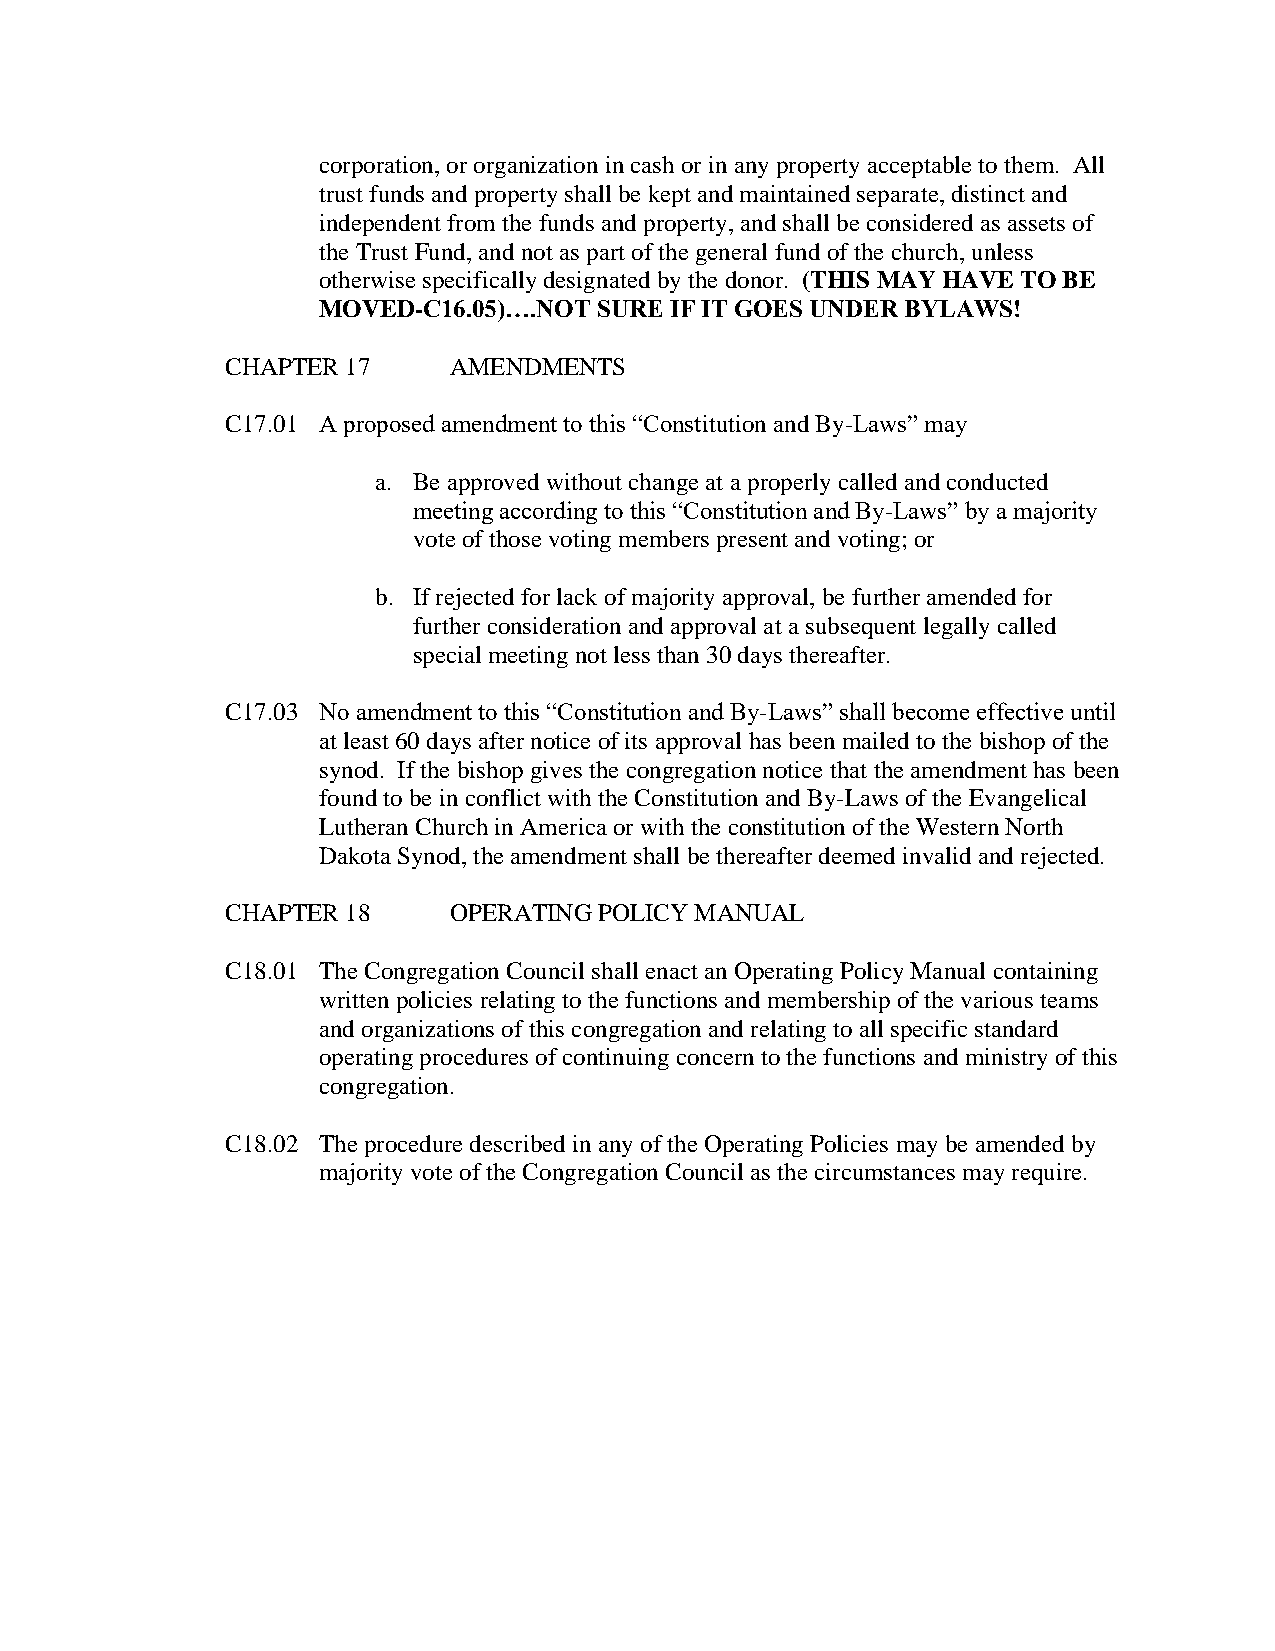
corporation, or organization in cash or in any property acceptable to them. All
 trust funds and property shall be kept and maintained separate, distinct and
 independent from the funds and property, and shall be considered as assets of
 the Trust Fund, and not as part of the general fund of the church, unless
 otherwise specifically designated by the donor. (THIS MAY HAVE TO BE
 MOVED-C16.05)….NOT SURE IF IT GOES UNDER BYLAWS!
 CHAPTER 17     AMENDMENTS
 C17.01 A proposed amendment to this “Constitution and By-Laws” may
 a. Be approved without change at a properly called and conducted
 meeting according to this “Constitution and By-Laws” by a majority
 vote of those voting members present and voting; or
 b. If rejected for lack of majority approval, be further amended for
 further consideration and approval at a subsequent legally called
 special meeting not less than 30 days thereafter.
 C17.03 No amendment to this “Constitution and By-Laws” shall become effective until
 at least 60 days after notice of its approval has been mailed to the bishop of the
 synod. If the bishop gives the congregation notice that the amendment has been
 found to be in conflict with the Constitution and By-Laws of the Evangelical
 Lutheran Church in America or with the constitution of the Western North
 Dakota Synod, the amendment shall be thereafter deemed invalid and rejected.
 CHAPTER 18     OPERATING POLICY MANUAL
 C18.01 The Congregation Council shall enact an Operating Policy Manual containing
 written policies relating to the functions and membership of the various teams
 and organizations of this congregation and relating to all specific standard
 operating procedures of continuing concern to the functions and ministry of this
 congregation.
 C18.02 The procedure described in any of the Operating Policies may be amended by
 majority vote of the Congregation Council as the circumstances may require.